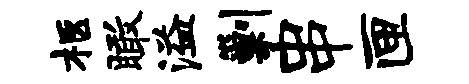
柩瞰溢剿串匣